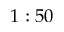
1 : 5 0